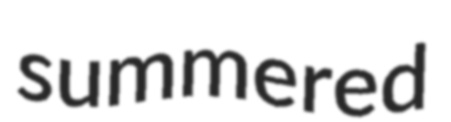
summered